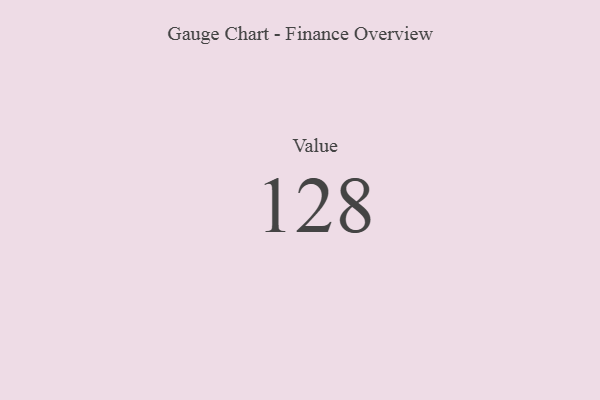
{"axis": {"x": "Metric", "y": "Value"}, "legend": [""], "data": [{"x": "Value", "y": 128, "type": ""}]}